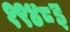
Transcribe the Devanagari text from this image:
१९४८इ